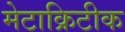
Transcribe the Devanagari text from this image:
मेटाक्रिटीक